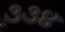
૩૩૪